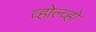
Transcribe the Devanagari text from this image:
व्होल्व्हो